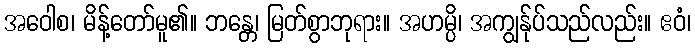
အဝေါစ၊ မိန့်တော်မူ၏။ ဘန္တေ၊ မြတ်စွာဘုရား။ အဟမ္ပိ၊ အကျွန်ုပ်သည်လည်း။ ဧဝံ၊